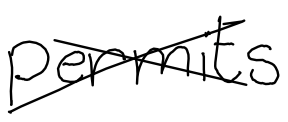
Text: permits
Cross-out: mix
Writing tool: digital_black